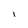
Character: l